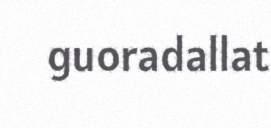
guoradallat